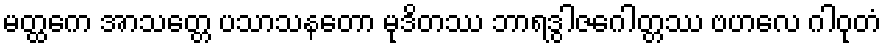
မတ္ထကေ အာသတ္တေ ပသာသနတော မုဒိတဿ ဘာရဒွါဇဂေါတ္တဿ ဗဟလေ ဂါဝုတံ